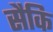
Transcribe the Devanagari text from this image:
सैकि